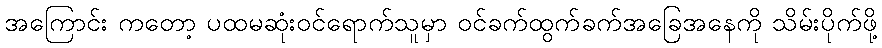
အကြောင်း ကတော့ ပထမဆုံးဝင်ရောက်သူမှာ ဝင်ခက်ထွက်ခက်အခြေအနေကို သိမ်းပိုက်ဖို့